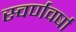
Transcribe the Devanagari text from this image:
स्वर्णवर्षा